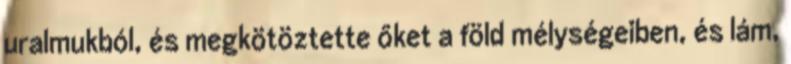
uralmukból, és megkötöztette őket a föld mélységeiben, és lám,